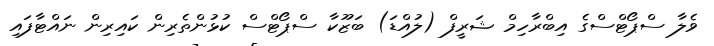
ވެލާ ސްޕޯޓްސްގެ އިބްރާހިމް ޝަރީފް (ލުއްޑަ) ބަޒޫކާ ސްޕޯޓްސް ކުޅުންތެރިން ކައިރިން ނައްޓާފައި